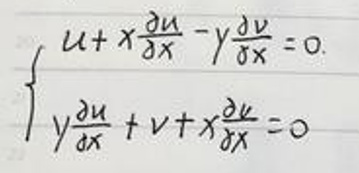
\[
\left\{
\begin{array}{l}
u + x\frac{\partial u}{\partial x}-y\frac{\partial v}{\partial x}=0\\
y\frac{\partial u}{\partial x}+v + x\frac{\partial v}{\partial x}=0
\end{array}
\right.
\]